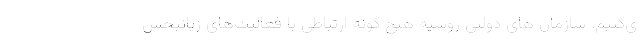
ی‌کنیم. سازمان های دولتی روسیه هیچ گونه ارتباطی با فعالیت‌های زیانبخش